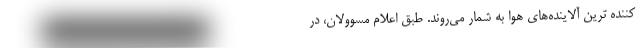
کننده ‌ترین آلاینده‌های هوا به شمار می‌روند. طبق اعلام مسوولان، در